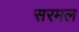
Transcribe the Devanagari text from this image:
सरमल